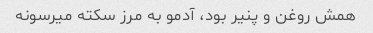
همش روغن و پنیر بود، آدمو به مرز سکته میرسونه